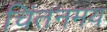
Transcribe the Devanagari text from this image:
चिंतनमय